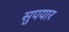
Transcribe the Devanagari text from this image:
सुपयार